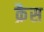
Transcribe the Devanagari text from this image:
क्रैस